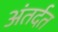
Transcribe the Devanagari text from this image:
अंतर्दत